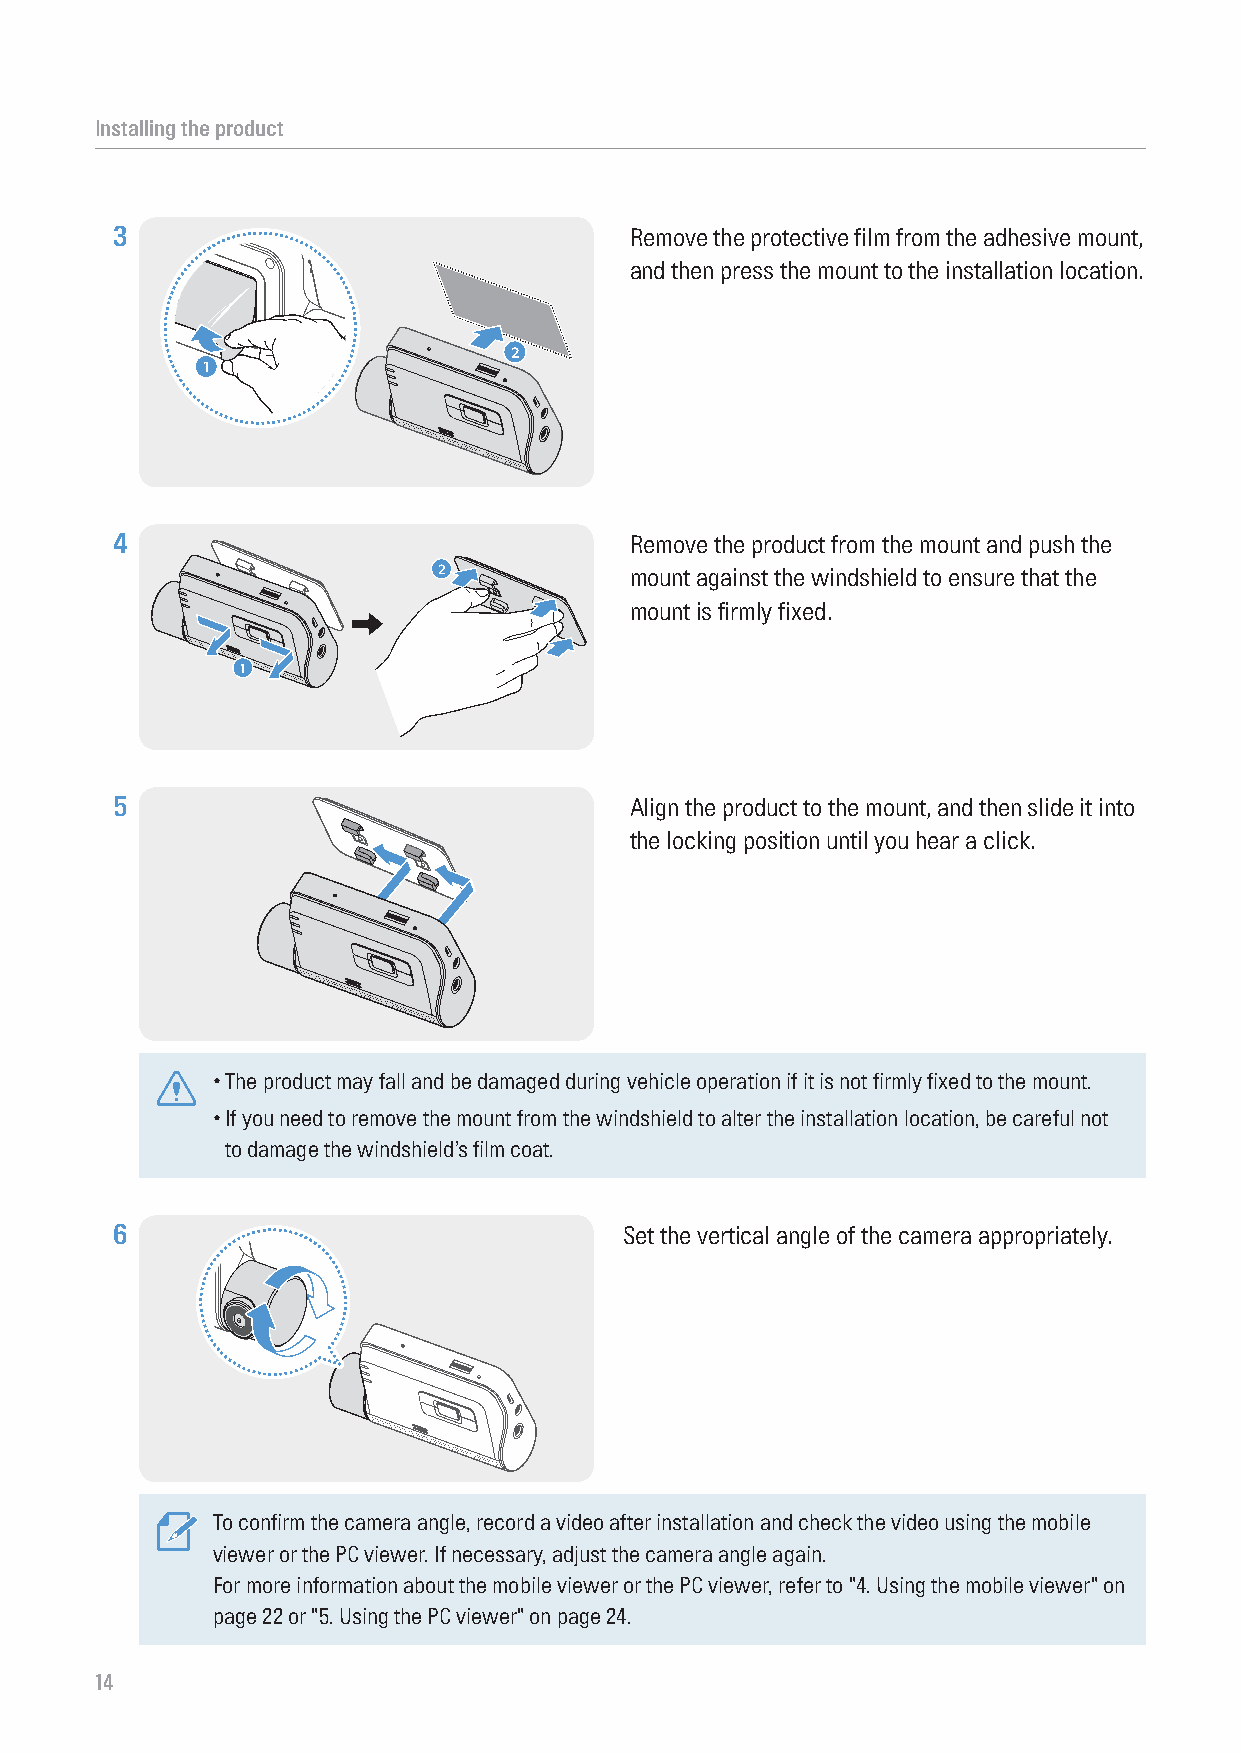
Installing the product
 3                                  Remove the protective film from the adhesive mount,
 and then press the mount to the installation location.
 2
 1
 4                                  Remove the product from the mount and push the
 2
 mount against the windshield to ensure that the
 mount is firmly fixed.
 1
 5                                  Align the product to the mount, and then slide it into
 the locking position until you hear a click.
 • The product may fall and be damaged during vehicle operation if it is not firmly fixed to the mount.
 • If you need to remove the mount from the windshield to alter the installation location, be careful not
 to damage the windshield’s film coat.
 6                                 Set the vertical angle of the camera appropriately.
 To confirm the camera angle, record a video after installation and check the video using the mobile
 viewer or the PC viewer. If necessary, adjust the camera angle again.
 For more information about the mobile viewer or the PC viewer, refer to "4. Using the mobile viewer" on
 page 22 or "5. Using the PC viewer" on page 24.
 14